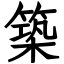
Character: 築